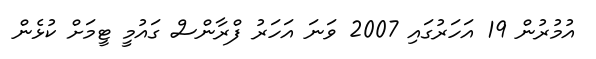
އުމުރުން 19 އަހަރުގައި 2007 ވަނަ އަހަރު ފްރާންސް ގައުމީ ޓީމަށް ކުޅެން